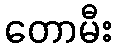
တောမီး